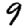
Digit: 9